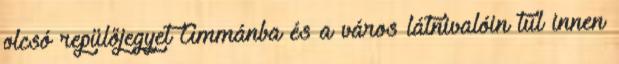
olcsó repülőjegyet Ammánba és a város látnivalóin túl innen